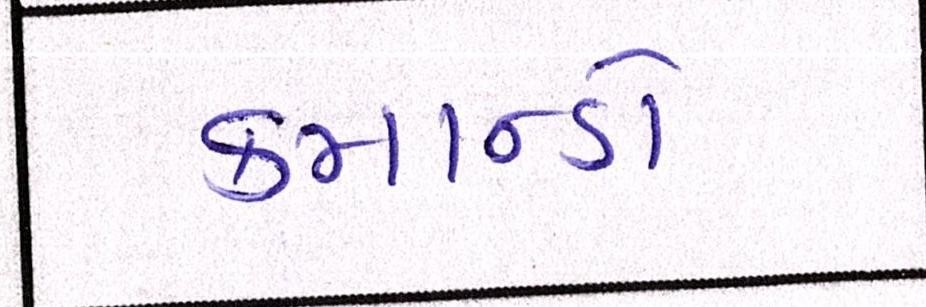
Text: કમાન્ડો